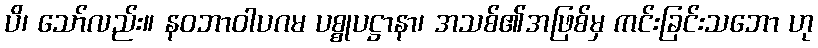
ပိ၊ သော်လည်း။ နဝဘာဝါပဂမ ပစ္စုပဋ္ဌာနာ၊ အသစ်၏အဖြစ်မှ ကင်းခြင်းသဘော ဟု